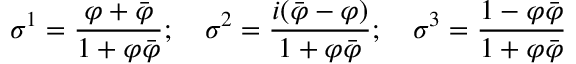
\sigma ^ { 1 } = \frac { \varphi + \bar { \varphi } } { 1 + \varphi \bar { \varphi } } ; ~ ~ ~ \sigma ^ { 2 } = \frac { i ( \bar { \varphi } - \varphi ) } { 1 + \varphi \bar { \varphi } } ; ~ ~ ~ \sigma ^ { 3 } = \frac { 1 - \varphi \bar { \varphi } } { 1 + \varphi \bar { \varphi } }